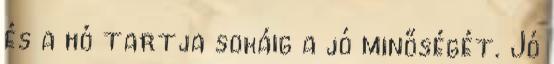
és a hó tartja sokáig a jó minőségét. Jó